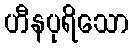
ဟီနပုရိသော